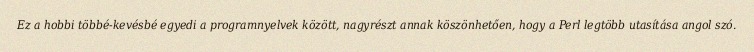
Ez a hobbi többé-kevésbé egyedi a programnyelvek között, nagyrészt annak köszönhetően, hogy a Perl legtöbb utasítása angol szó.